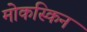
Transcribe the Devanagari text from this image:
मोकस्किन